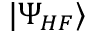
| \Psi _ { H F } \rangle